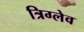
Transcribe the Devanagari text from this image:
त्रिग्लेव